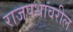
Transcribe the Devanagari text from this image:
राजपथावरील